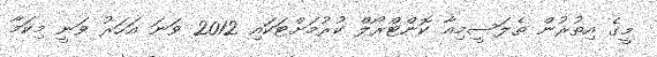
މީގެ އިތުރުން ތެލަސީމިއާ ކޮންޓްރޯލް ކުރުމަށްޓަކައި 2012 ވަނަ އަހަރު ވަނީ މިކަމާ